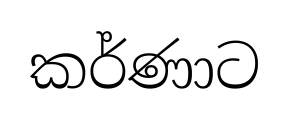
කර්ණාට